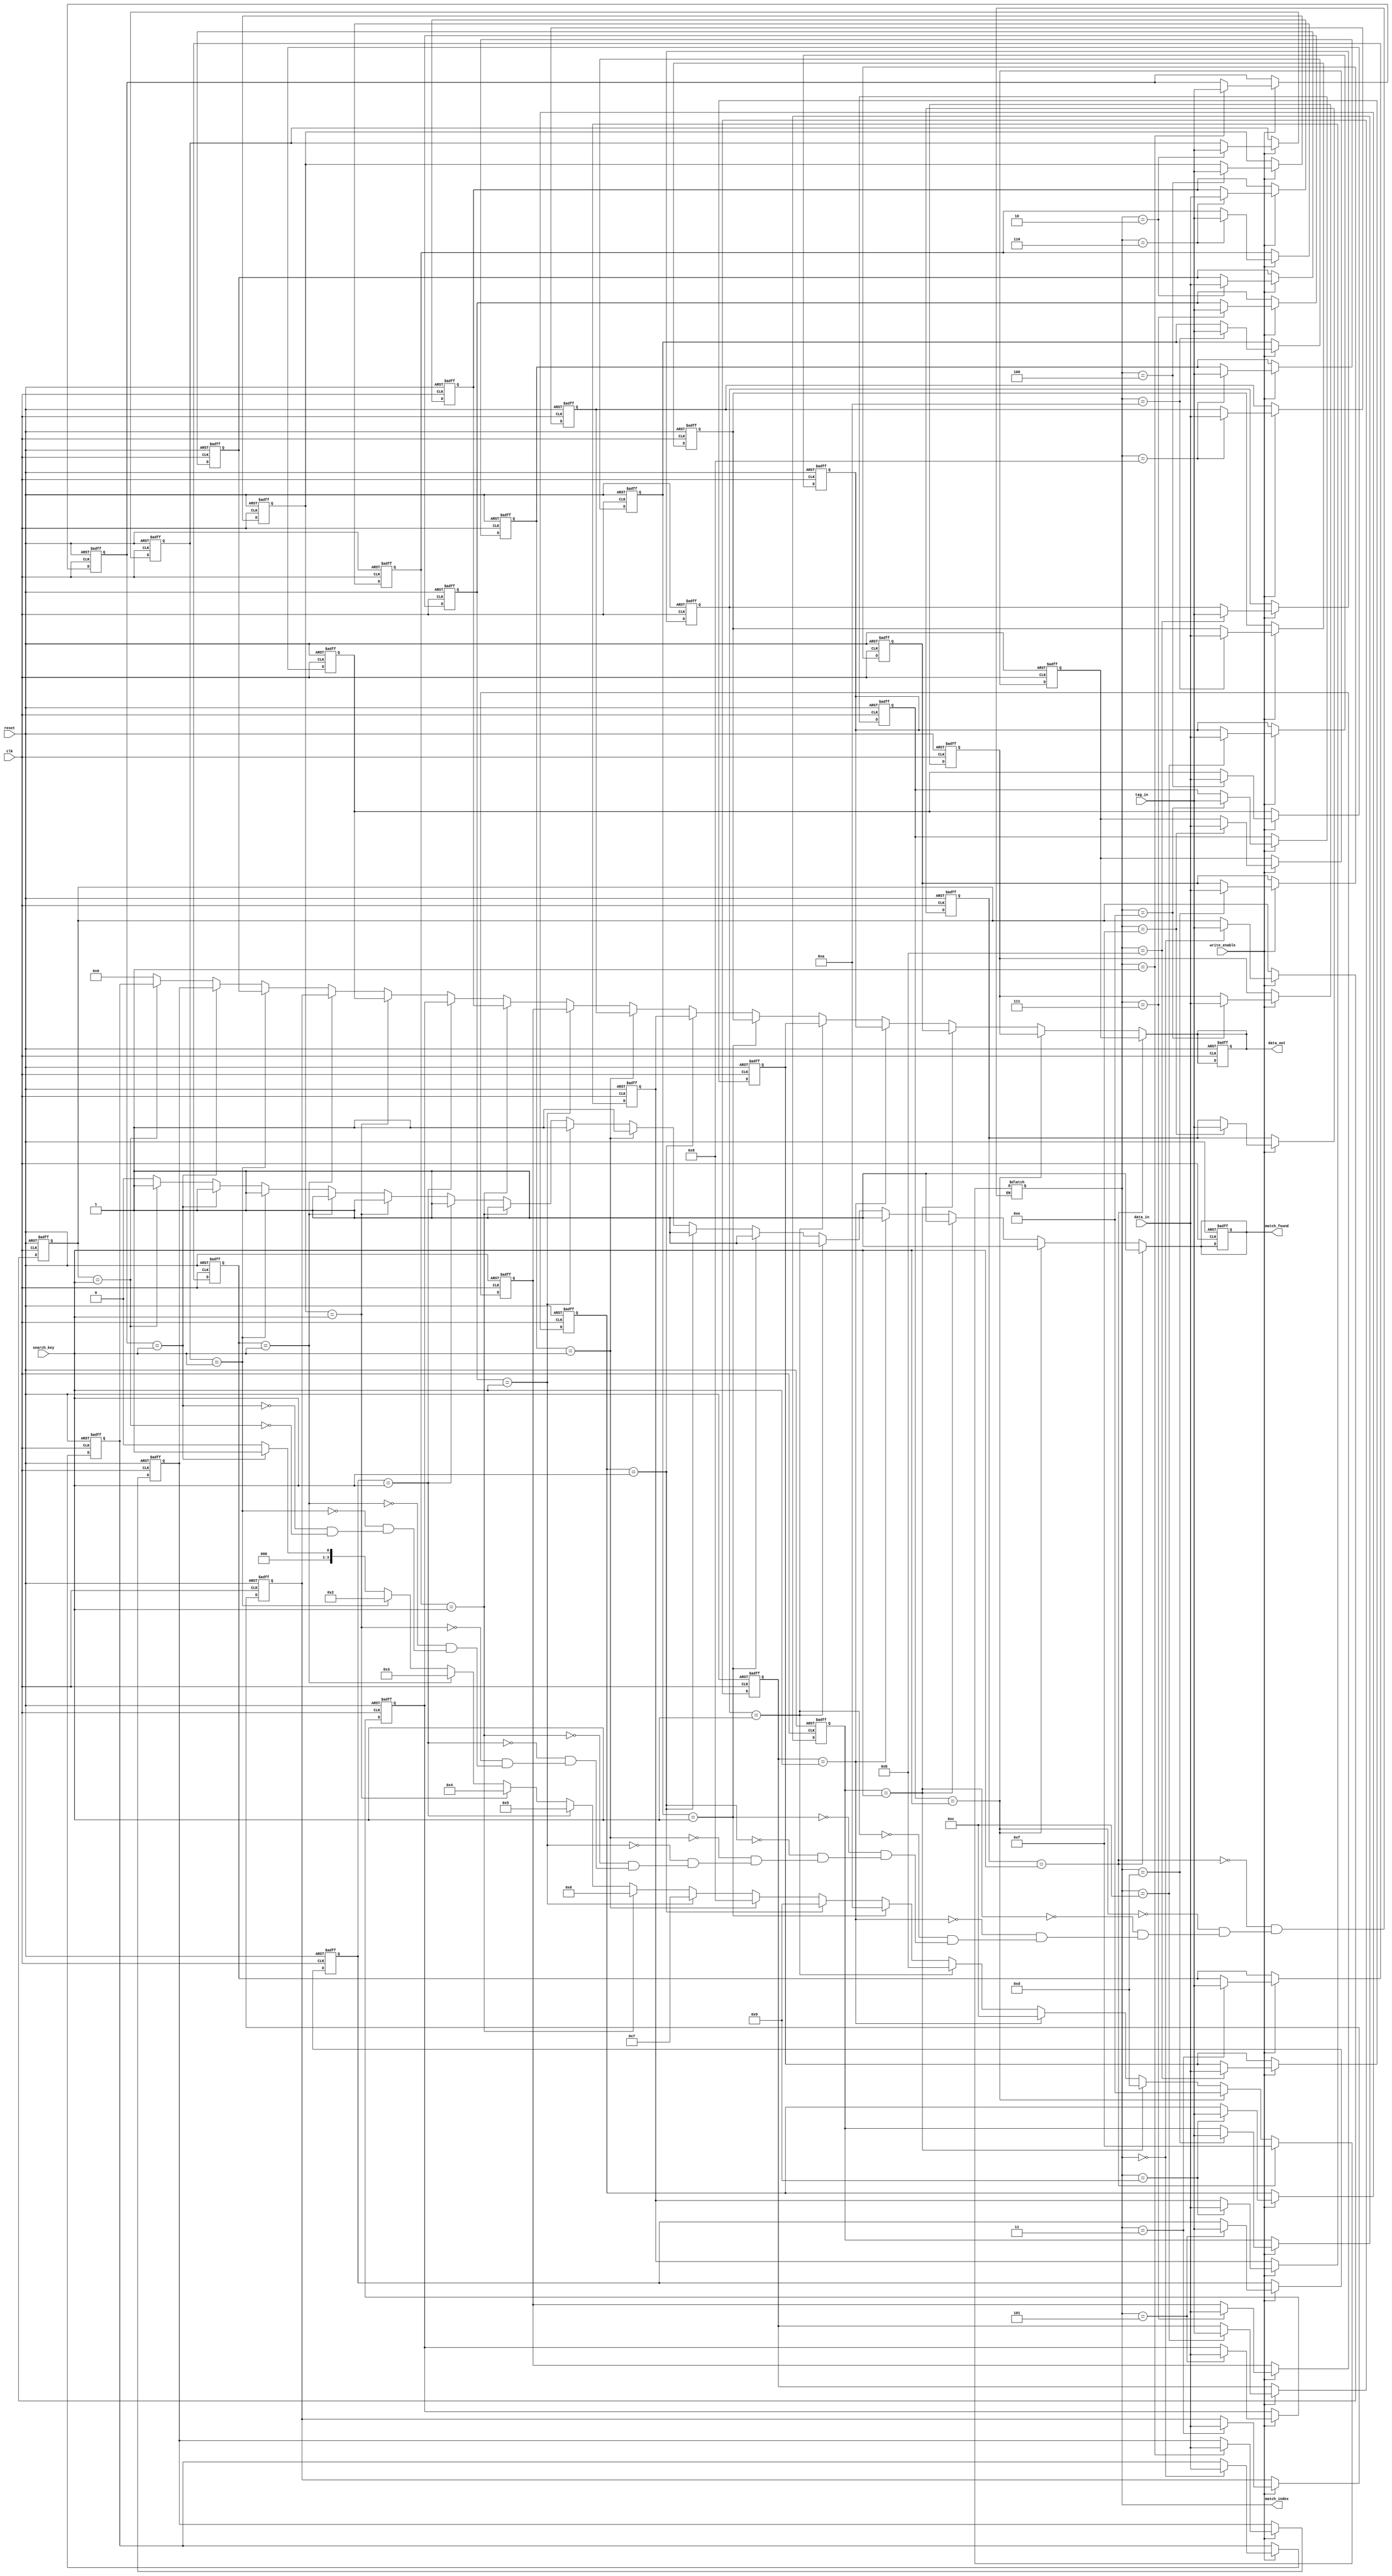
module flash_based_cam #(
    parameter DATA_WIDTH = 8,      // Width of the data
    parameter TAG_WIDTH = 8,       // Width of the tag
    parameter DEPTH = 16            // Number of entries in CAM
) (
    input wire clk,                 // Clock signal
    input wire reset,               // Asynchronous reset
    input wire [TAG_WIDTH-1:0] search_key, // Key to search
    input wire [TAG_WIDTH-1:0] tag_in,      // Input tag for writing
    input wire [DATA_WIDTH-1:0] data_in,    // Input data for writing
    input wire write_enable,        // Enable write operation
    output reg [DATA_WIDTH-1:0] data_out,   // Output data
    output reg match_found,         // Match found signal
    output reg [$clog2(DEPTH)-1:0] match_index // Index of match
);

    // Memory arrays for tags and data
    reg [TAG_WIDTH-1:0] tag_mem [0:DEPTH-1]; // Tag storage
    reg [DATA_WIDTH-1:0] data_mem [0:DEPTH-1]; // Data storage
    
    integer i;

    // Asynchronous reset and write operation
    always @(posedge clk or posedge reset) begin
        if (reset) begin
            // Clear CAM entries
            for (i = 0; i < DEPTH; i = i + 1) begin
                tag_mem[i] <= {TAG_WIDTH{1'b0}};
                data_mem[i] <= {DATA_WIDTH{1'b0}};
            end
            match_found <= 1'b0;
            data_out <= {DATA_WIDTH{1'b0}};
        end else if (write_enable) begin
            // Write operation
            tag_mem[match_index] <= tag_in; // Update tag
            data_mem[match_index] <= data_in; // Update data
        end
    end

    // Search operation
    always @(*) begin
        match_found = 1'b0; // Default state
        data_out = {DATA_WIDTH{1'b0}}; // Clear data output

        // Compare search_key against all stored tags
        for (i = 0; i < DEPTH; i = i + 1) begin
            if (tag_mem[i] == search_key) begin
                match_found = 1'b1; // Match found
                match_index = i; // Store index of the match
                data_out = data_mem[i]; // Output associated data
            end
        end
    end
endmodule